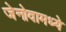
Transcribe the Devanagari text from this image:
जेनोवामध्ये